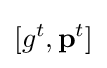
[g^{t},\mathbf {p} ^{t}]